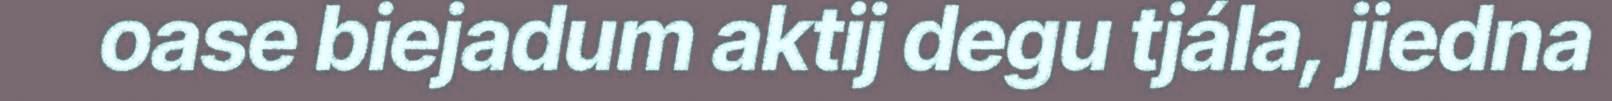
oase biejadum aktij degu tjála, jiedna